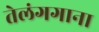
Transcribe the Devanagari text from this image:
तेलंगगाना